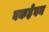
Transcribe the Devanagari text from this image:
बकहेवन